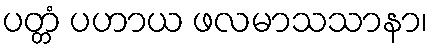
ပတ္တံ ပဟာယ ဖလမာသသာနာ၊